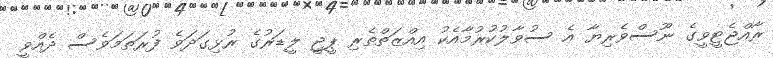
ރާއްޖެޓީވީގެ ނޫސްވެރިޔާ އެ ސުވާލުކުރުމާއެކު އިއްޒަތްތެރި ޕީޖީ ލީޑަރުގެ ރުޅިގަދަވެ ފުރަތަމަވެސް ދެއްވީ